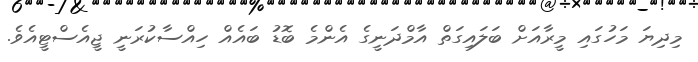
މިދިޔަ މަހުގައި މީރާއަށް ބަލައިގަތް އާމްދަނީގެ އެންމެ ބޮޑު ބައެއް ހިއްސާކުރަނީ ޖީއެސްޓީއެވެ.